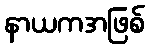
နာယကအဖြစ်